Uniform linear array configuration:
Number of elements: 4
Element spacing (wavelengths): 0.75
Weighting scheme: blackman
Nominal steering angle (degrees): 60
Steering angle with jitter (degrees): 60.005
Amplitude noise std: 0.05
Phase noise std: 0.05

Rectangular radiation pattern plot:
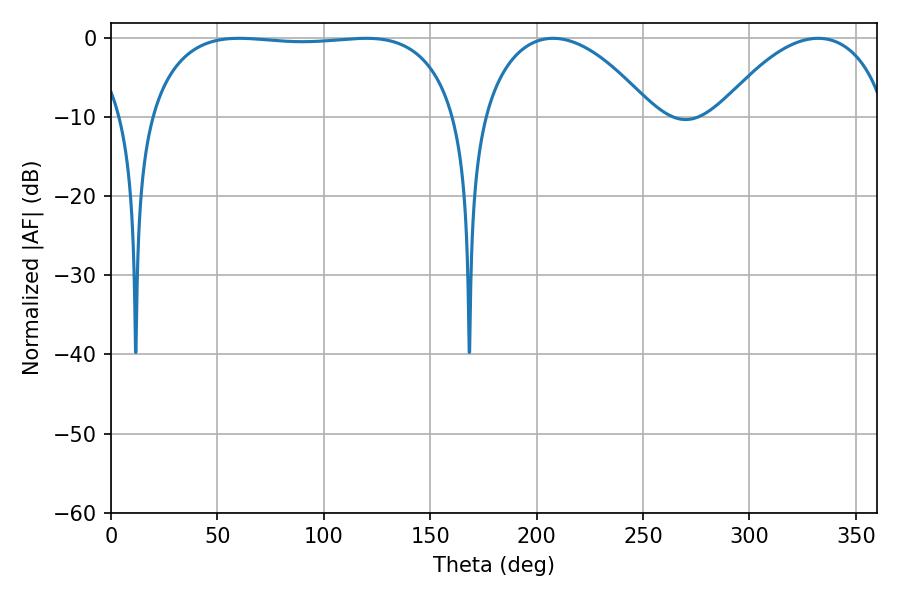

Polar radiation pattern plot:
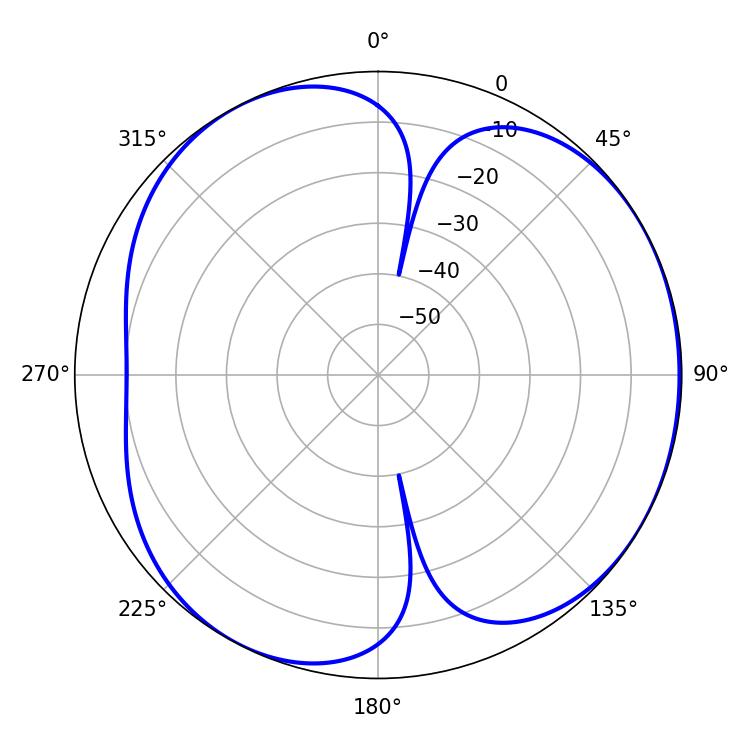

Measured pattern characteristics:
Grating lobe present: TRUE
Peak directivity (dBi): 4.444
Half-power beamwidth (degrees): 45.18
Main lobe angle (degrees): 207.72